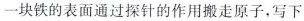
一块铁的表面通过探针的作用搬走原子，写下